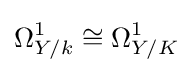
\Omega _{Y/k}^{1}\cong \Omega _{Y/K}^{1}